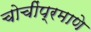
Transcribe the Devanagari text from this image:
चोचींप्रमाणे